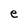
Character: e